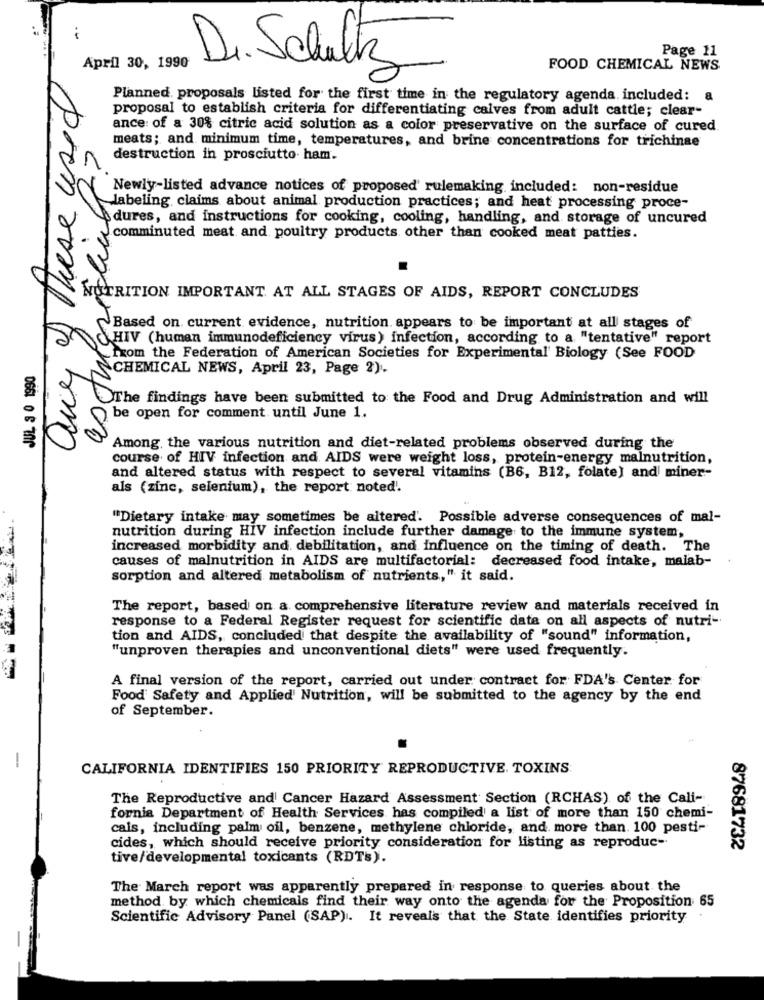
i
Page 11
April 30, 1990
Dr. Schultz
FOOD CHEMICAL NEWS
any of These used
Planned. proposals listed for the first time in the regulatory agenda. included:
proposal to establish criteria for differentiating calves from adult cattle; clear-
ance of a 30% citric acid solution as a color preservative on the surface of cured.
as tutoring?
meats; and minimum time, temperatures, and brine concentrations for trichinae
destruction in prosciutto. ham.
Newly-listed advance notices of proposed' rulemaking included: non-residue
labeling claims about animal production practices; and heat processing proce-
dures, and instructions for cooking, cooling, handling, and storage of uncured
comminuted meat and poultry products other than cooked meat patties.
NUTRITION IMPORTANT AT ALL STAGES OF AIDS, REPORT CONCLUDES
~Based on current evidence, nutrition appears to be important at all stages of
HIV (human immunodeficiency virus) infection, according to a "tentative" report
_from the Federation of American Societies for Experimental' Biology (See FOOD
CHEMICAL NEWS, April 23, Page 2).
The findings have been submitted to the Food and Drug Administration and will
be open for comment until June 1.
Among the various nutrition and diet-related problems observed during the
course of HIV infection and AIDS were weight loss, protein-energy malnutrition,
and altered status with respect to several vitamins (B6, B12, folate) and miner-
als (zinc, selenium), the report noted.
"Dietary intake may sometimes be altered'. Possible adverse consequences of mal-
nutrition during HIV infection include further damage to the immune system,
increased morbidity and debilitation, and influence on the timing of death. The
causes of malnutrition in AIDS are multifactorial: decreased food intake, malab-
sorption and altered metabolism of nutrients," it said.
The report, based on a comprehensive literature review and materials received in
response to a Federal Register request for scientific data on all aspects of nutri-
tion and AIDS, concluded that despite the availability of "sound" information,
"unproven therapies and unconventional diets" were used frequently.
A final version of the report, carried out under contract for FDA's Center for
Food Safety and Applied' Nutrition, will be submitted to the agency by the end
of September.
-
CALIFORNIA IDENTIFIES 150 PRIORITY REPRODUCTIVE. TOXINS
The Reproductive and Cancer Hazard Assessment Section (RCHAS) of the Cali-
fornia Department of Health Services has compiled a list of more than 150 chemi-
cals, including palm oil, benzene, methylene chloride, and more than. 100 pesti-
cides, which should receive priority consideration for listing as reproduc-
87681732
tive/developmental toxicants (RDTB).
The March report was apparently prepared in response to queries about the
method. by which chemicals find their way onto the agenda for the Proposition 65
Scientific Advisory Panel (SAP). It reveals that the State identifies priority .